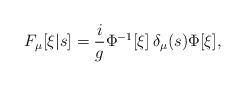
LaTeX: \begin{align*}F_\mu[\xi|s] = \frac{i}{g} \Phi^{-1}[\xi]\, \delta_\mu(s) \Phi[\xi],\end{align*}